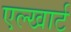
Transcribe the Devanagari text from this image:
एल्खार्ट